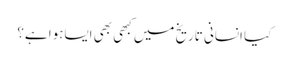
کیا انسانی تاریخ میں کبھی بھی ایساہوا ہے؟